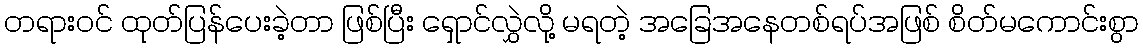
တရားဝင် ထုတ်ပြန်ပေးခဲ့တာ ဖြစ်ပြီး ရှောင်လွှဲလို့ မရတဲ့ အခြေအနေတစ်ရပ်အဖြစ် စိတ်မကောင်းစွာ